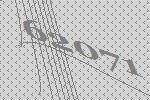
62071